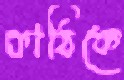
কাঠিকে